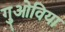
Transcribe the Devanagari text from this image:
गुओविया